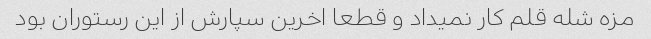
مزه شله قلم کار نمیداد و قطعا اخرین سپارش از این رستوران بود